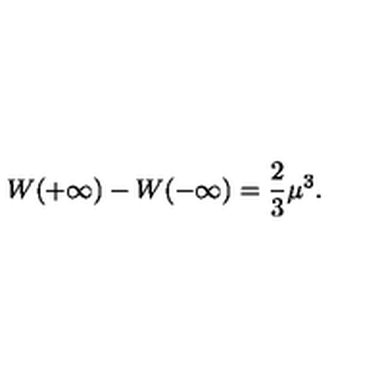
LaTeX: W ( + \infty ) - W ( - \infty ) = { \frac { 2 } { 3 } } \mu ^ { 3 } .